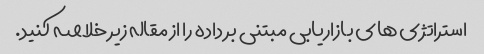
استراتژی های بازاریابی مبتنی بر داده را از مقاله زیر خلاصه کنید.